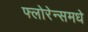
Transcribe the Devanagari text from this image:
फ्लोरेन्समधे